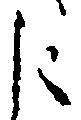
に